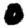
Digit: 0